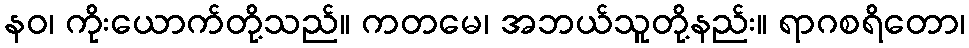
နဝ၊ ကိုးယောက်တို့သည်။ ကတမေ၊ အဘယ်သူတို့နည်း။ ရာဂစရိတော၊